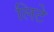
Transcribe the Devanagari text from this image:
लिटे